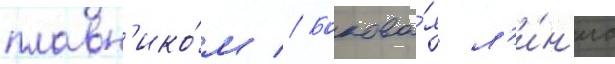
плавн'ико́м // Бокова́я л'и́н'иа